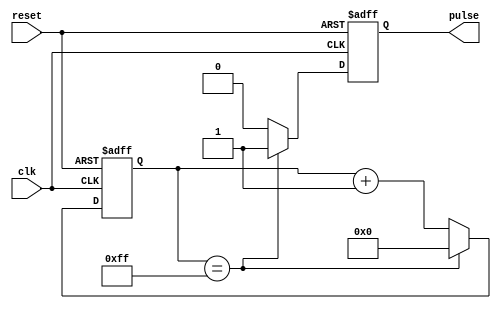
module clock_divider (
    input wire clk,
    input wire reset,
    output reg pulse
);

reg [7:0] count;

always @ (posedge clk or posedge reset) begin
    if (reset) begin
        count <= 0;
        pulse <= 0;
    end else begin
        if (count == 255) begin
            count <= 0;
            pulse <= 1;
        end else begin
            count <= count + 1;
            pulse <= 0;
        end
    end
end

endmodule